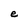
Character: e